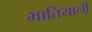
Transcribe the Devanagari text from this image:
भातियानी